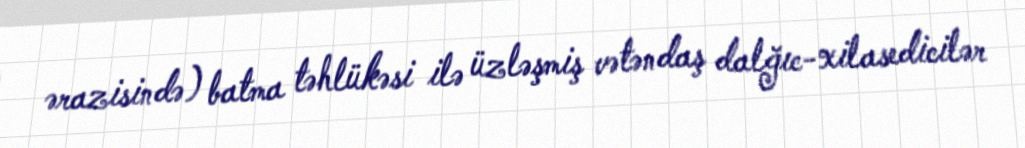
ərazisində) batma təhlükəsi ilə üzləşmiş vətəndaş dalğıc-xilasedicilər